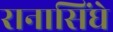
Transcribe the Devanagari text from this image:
रानासिंघे